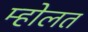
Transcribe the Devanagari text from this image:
म्होलत